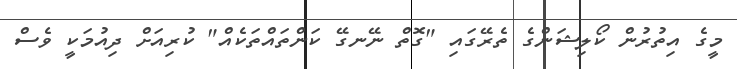
މީގެ އިތުރުން ކޯލިޝަންގެ ތެރޭގައި "ގޮތް ނޭނގޭ ކަންތައްތަކެއް" ކުރިއަށް ދިއުމަކީ ވެސް